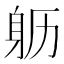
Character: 𲄙